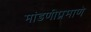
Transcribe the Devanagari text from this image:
मांडणीप्रमाणे